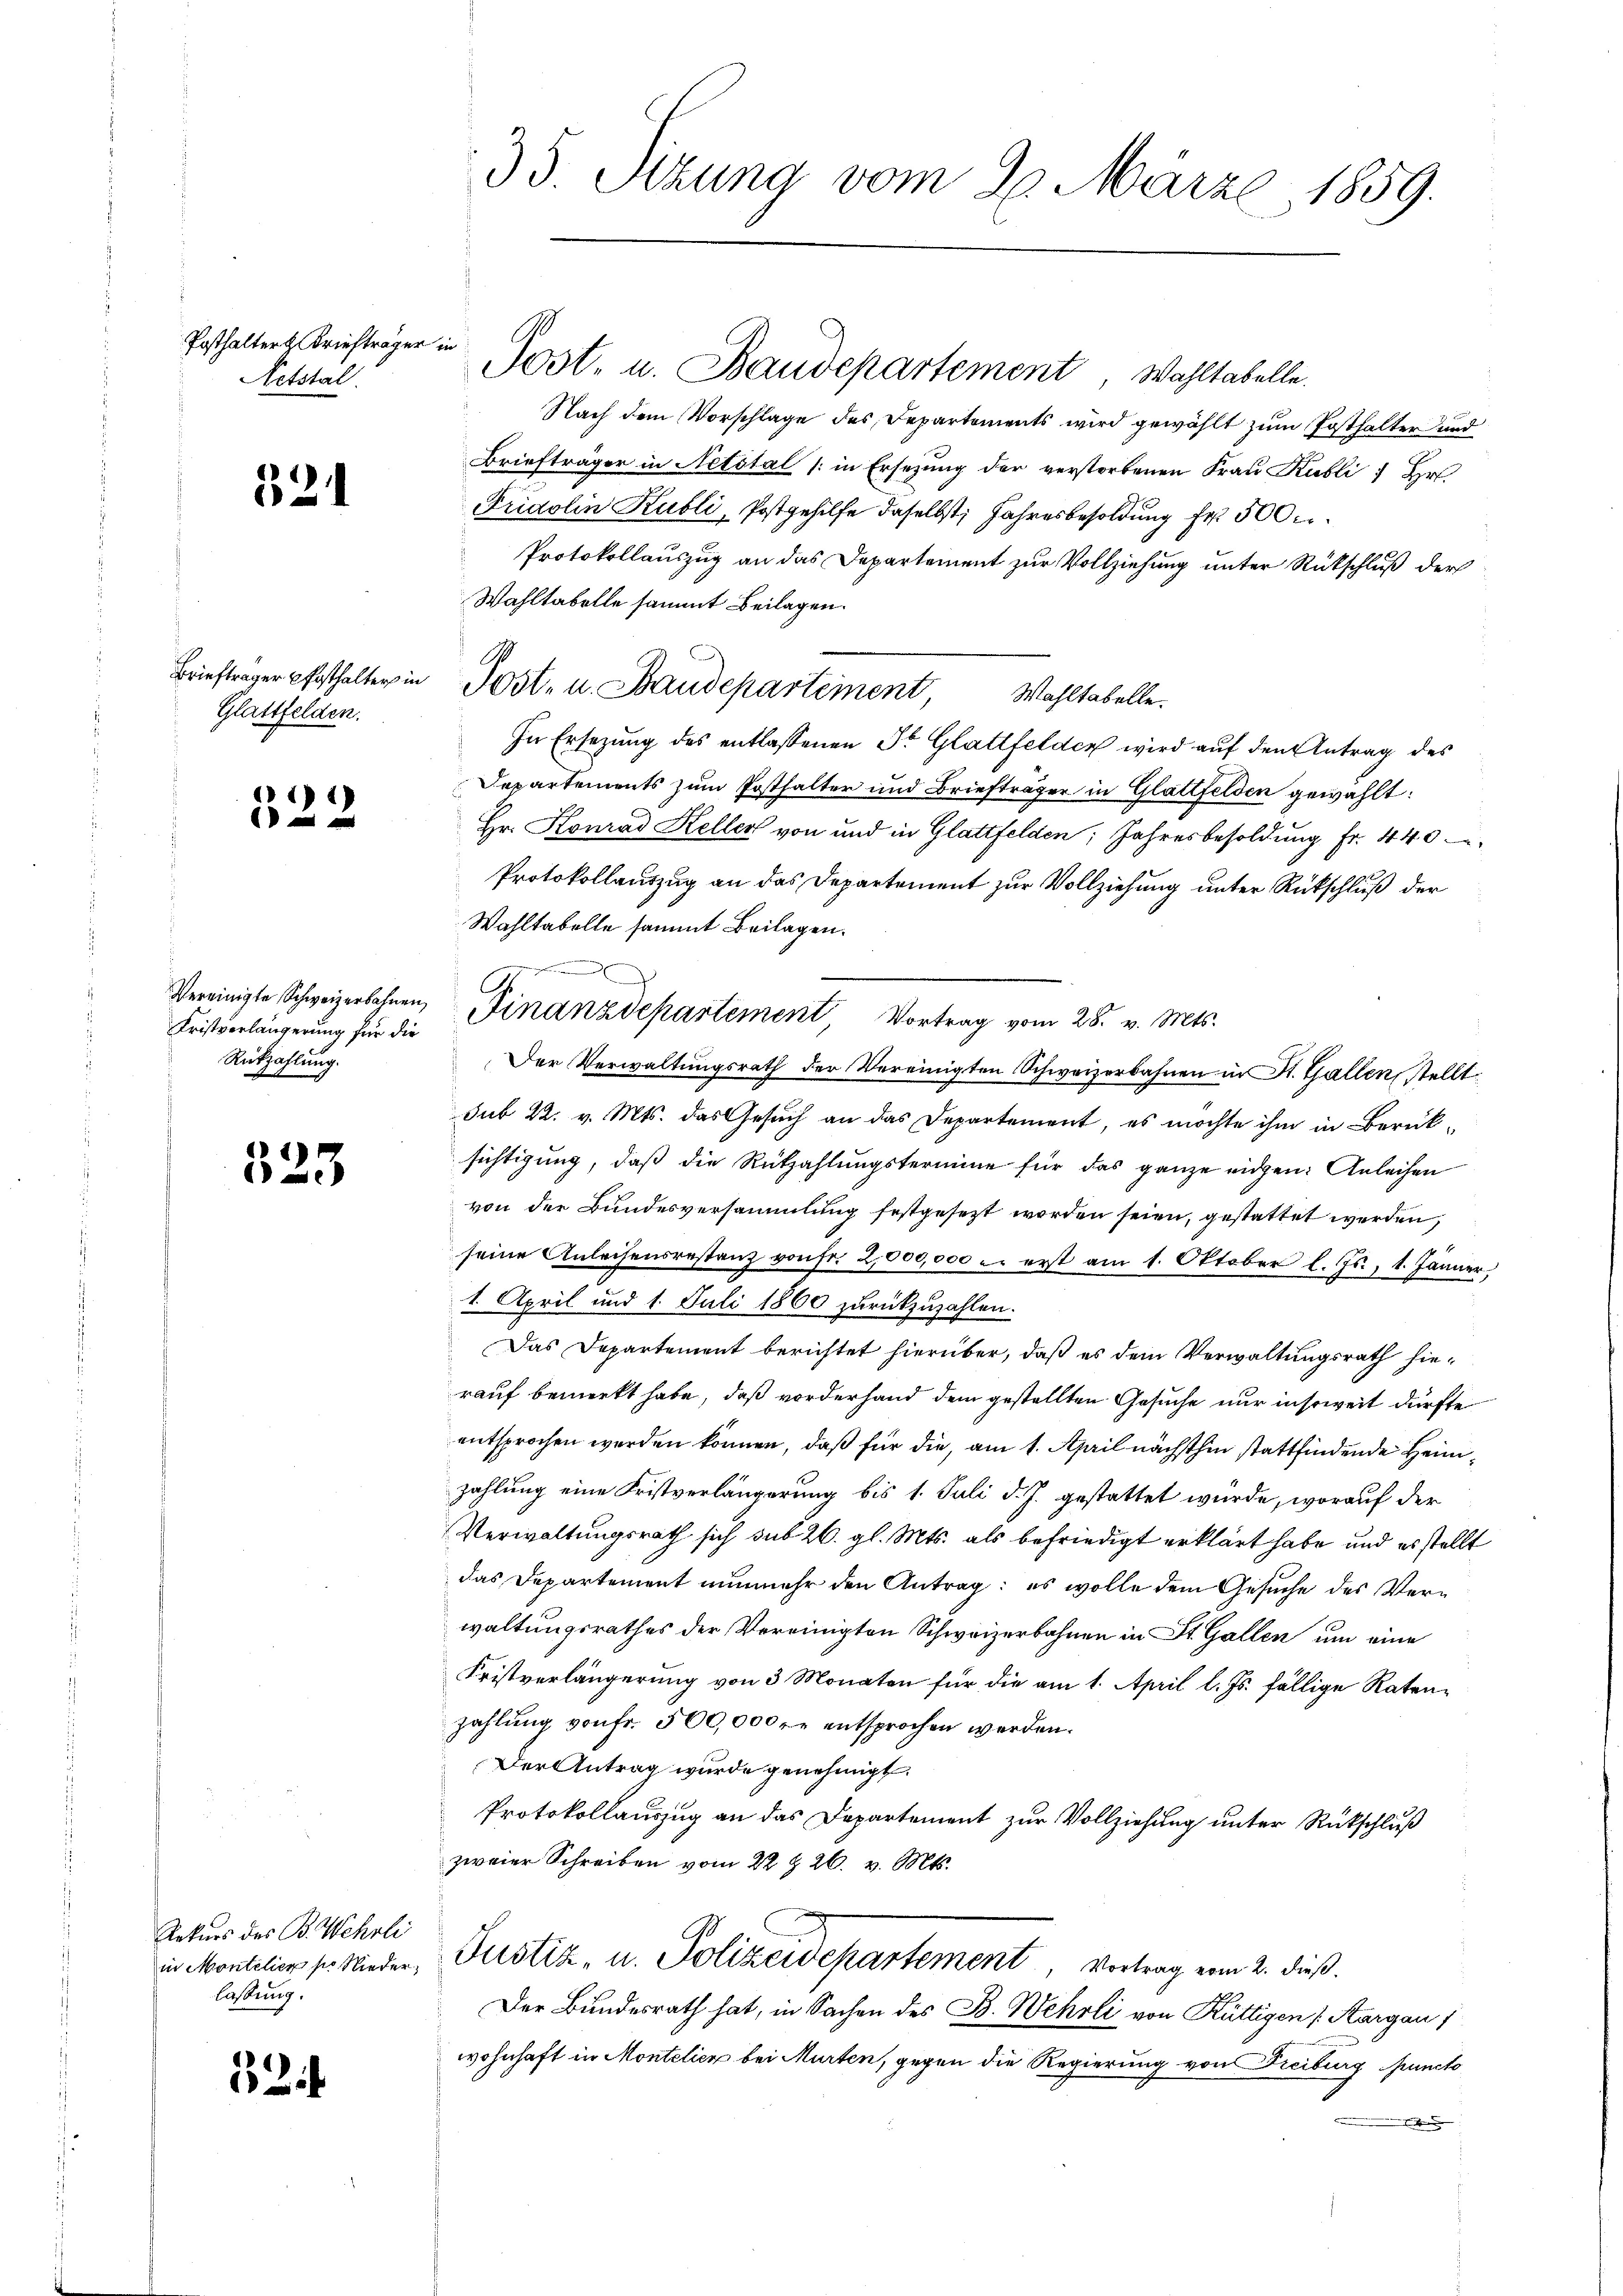
Posthalter Briefträger in
Netstal

324

Glattfelden.

11)
xx

Kristverlängerung für die
Rükzahlung.

1)
e

Rekurs des B. Wehrli
lassung.

62

35 Sizung vom 26. März 1859.

Nach dem Vorschlage des Departements wird gewählt zum Posthalter und
Briefträger in Netstal (in Ersetzung der verstorbenen Frau Kubli : Hr.
Fridolin Kubli, Postgehilfe daselbst, Jahresbesoldung Fr. 500
Protokollauszug an das Departement zur Vollziehung unter Rückschluß der
Wahltabelle sammt Beilagen.
In Ersezung des entlassenen Fr. Glattfelden wird auf den Antrag des
Departements zum Posthalter und Briefträger in Glattfelden gewählt:
Hr. Konrad Keller von und in Glattfelden, Jahresbesoldung Fr. 440
Protokollauszug an das Departement zur Vollziehung unter Rückschluß der
Wahltabelle sammt Beilagen.
Vereinigte Schweizerbahnen Finanzdepartement Vortrag vom 28. v. Mts.
Der Verwaltungsrath der Vereinigten Schweizerbahnen in St. Gallen, stellt
sub 22. v. Mts. das Gesuch an das Departement, es möchte ihm in Berücksichtigung, daß die Rückzahlungstermine für das ganze eidgen: Anleihen
von der Bundesversammlung festgesezt worden seien, gestattet werden,
seine Anleihensrestanz von fr. 2,000,000 er erst am 1. Oktober l. Js., 1. Jänner,
1. April und 1. Juli 1860 zurückzuzahlen.
Das Departement berichtet hierüber, daß es dem Verwaltungsrath hierauf bemerkt habe, daß vorderhand dem gestellten Gesuche nur insoweit dürfte
entsprochen worden können, daß für die, am 1. April nächsthin stattfindende Heimzahlung eine Fristverlängerung bis 1. Juli d. J. gestattet würde, worauf der
Verwaltungsrath sich sub 26. gl. Mts. als befriedigt erklärt habe und es stellt
das Departement nunmehr den Antrag: es wolle dem Gesuche des Verwaltungsrathes der Vereinigten Schweizerbahnen in St. Gallen um eine
Fristverlängerung von 3 Monaten für die am 1. April l. Js. fällige Ratenzahlung von fr. 500,000 r. entsprochen werden.
Der Antrag wurde genehmigt.
Protokollauszug an das Departement zur Vollziehung unter Rückschluß
zweier Schreiben vom 22 t 26. v. Mts.
in Montalien pr. Nieder Justiz- u. Polizeidepartement Vortrag vom 2. dieß.
Der Bundesrath hat, in Sachen des B. Wehrli von Küttigen (Aargau)
wohnhaft in Montelier bei Murten, gegen die Regierung von Freiburg puncto

Brieftrager festhalter in Post- u. Baudepartement, Wahltabelle.

s

Post. u. Baudepartement Wohltabelle.